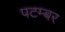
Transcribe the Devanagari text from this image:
पटम्‍बर